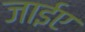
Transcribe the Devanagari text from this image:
जाईए